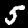
Label: 5